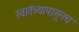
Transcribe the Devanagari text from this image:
स्वातंत्र्यापासूनच